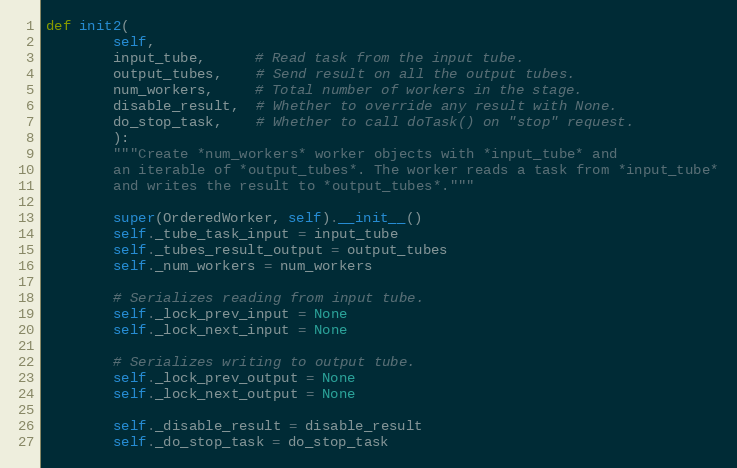
Language: Python
def init2(
        self,
        input_tube,      # Read task from the input tube.
        output_tubes,    # Send result on all the output tubes.
        num_workers,     # Total number of workers in the stage.
        disable_result,  # Whether to override any result with None.
        do_stop_task,    # Whether to call doTask() on "stop" request.
        ):
        """Create *num_workers* worker objects with *input_tube* and
        an iterable of *output_tubes*. The worker reads a task from *input_tube*
        and writes the result to *output_tubes*."""

        super(OrderedWorker, self).__init__()
        self._tube_task_input = input_tube
        self._tubes_result_output = output_tubes
        self._num_workers = num_workers

        # Serializes reading from input tube.
        self._lock_prev_input = None
        self._lock_next_input = None

        # Serializes writing to output tube.
        self._lock_prev_output = None
        self._lock_next_output = None

        self._disable_result = disable_result
        self._do_stop_task = do_stop_task